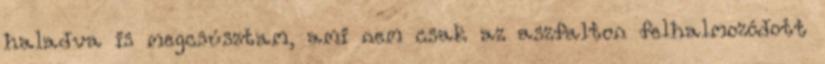
haladva is megcsúsztam, ami nem csak az aszfalton felhalmozódott